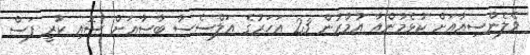
ވެލެންސިއާއަށް ކުޅެމުންއާ އުމުރުން 23 އަހަރުގެ އަލްސެސާ ބާސާއަށް ސޮއި ކުރީ ފަސް